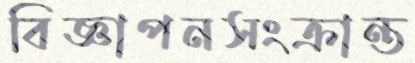
বিজ্ঞাপনসংক্রান্ত